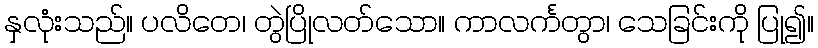
နှလုံးသည်။ ပလိတေ၊ တွဲပြိုလတ်သော။ ကာလင်္ကတွာ၊ သေခြင်းကို ပြု၍။